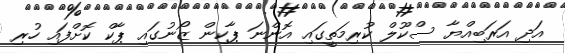
އަދި އަރަބިއްޔާ ސްކޫލް ކުރިމަތީގައި އޮންނަ ޕާކިން ޒޯނުގައި ޕާކް ކޮށްފައި ހުރި